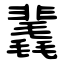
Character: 䩁